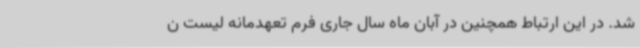
شد. در این ارتباط همچنین در آبان ماه سال جاری فرم تعهدمانه لیست ن